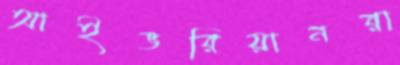
আইভরিয়ানরা